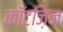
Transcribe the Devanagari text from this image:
कॉटज़िन